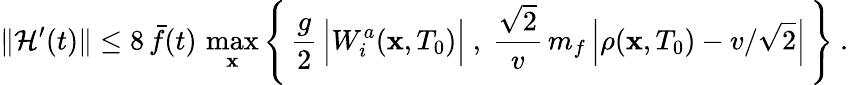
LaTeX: \Vert{\cal H}^{\prime}(t)\Vert\leq 8\, \bar{f}(t)\, \operatorname*{max}_{\mathbf x}\left\{ \, \frac{g}{2}\, \Bigl\vert W_{i}^{a}({\mathbf x},T_{0})\Bigr\vert\ ,\ \frac{\sqrt{2}}{v}\, m_{f}\, \Bigl\vert\rho({\mathbf x},T_{0})-v/\sqrt{2}\Bigr\vert\, \right\} \ .